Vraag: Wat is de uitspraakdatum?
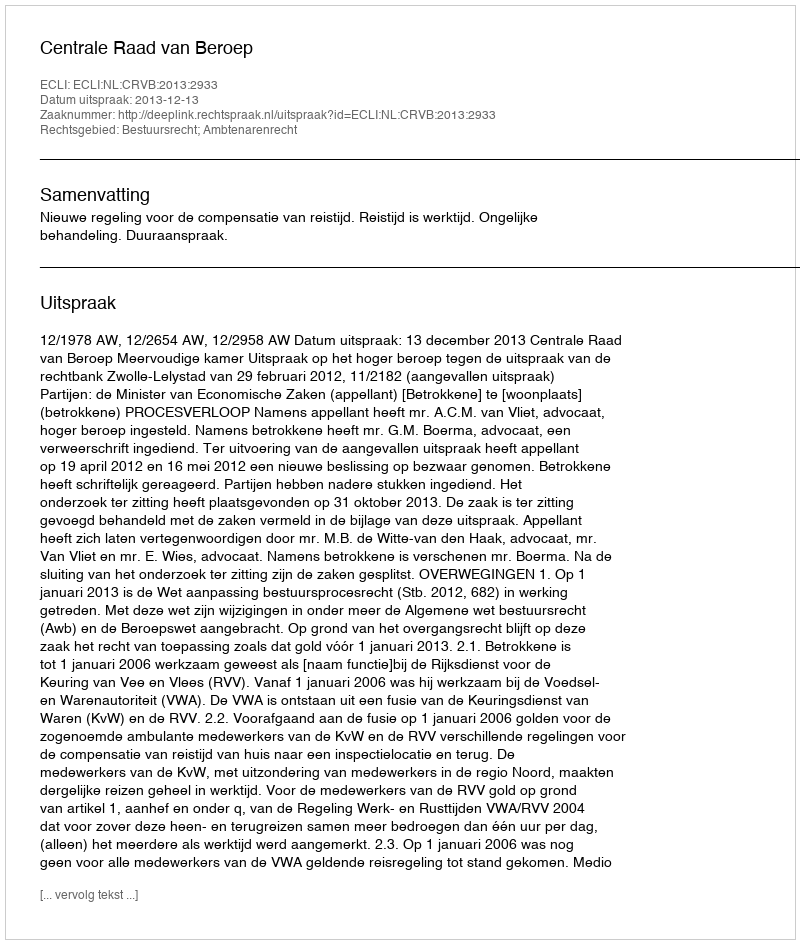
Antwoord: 2013-12-13